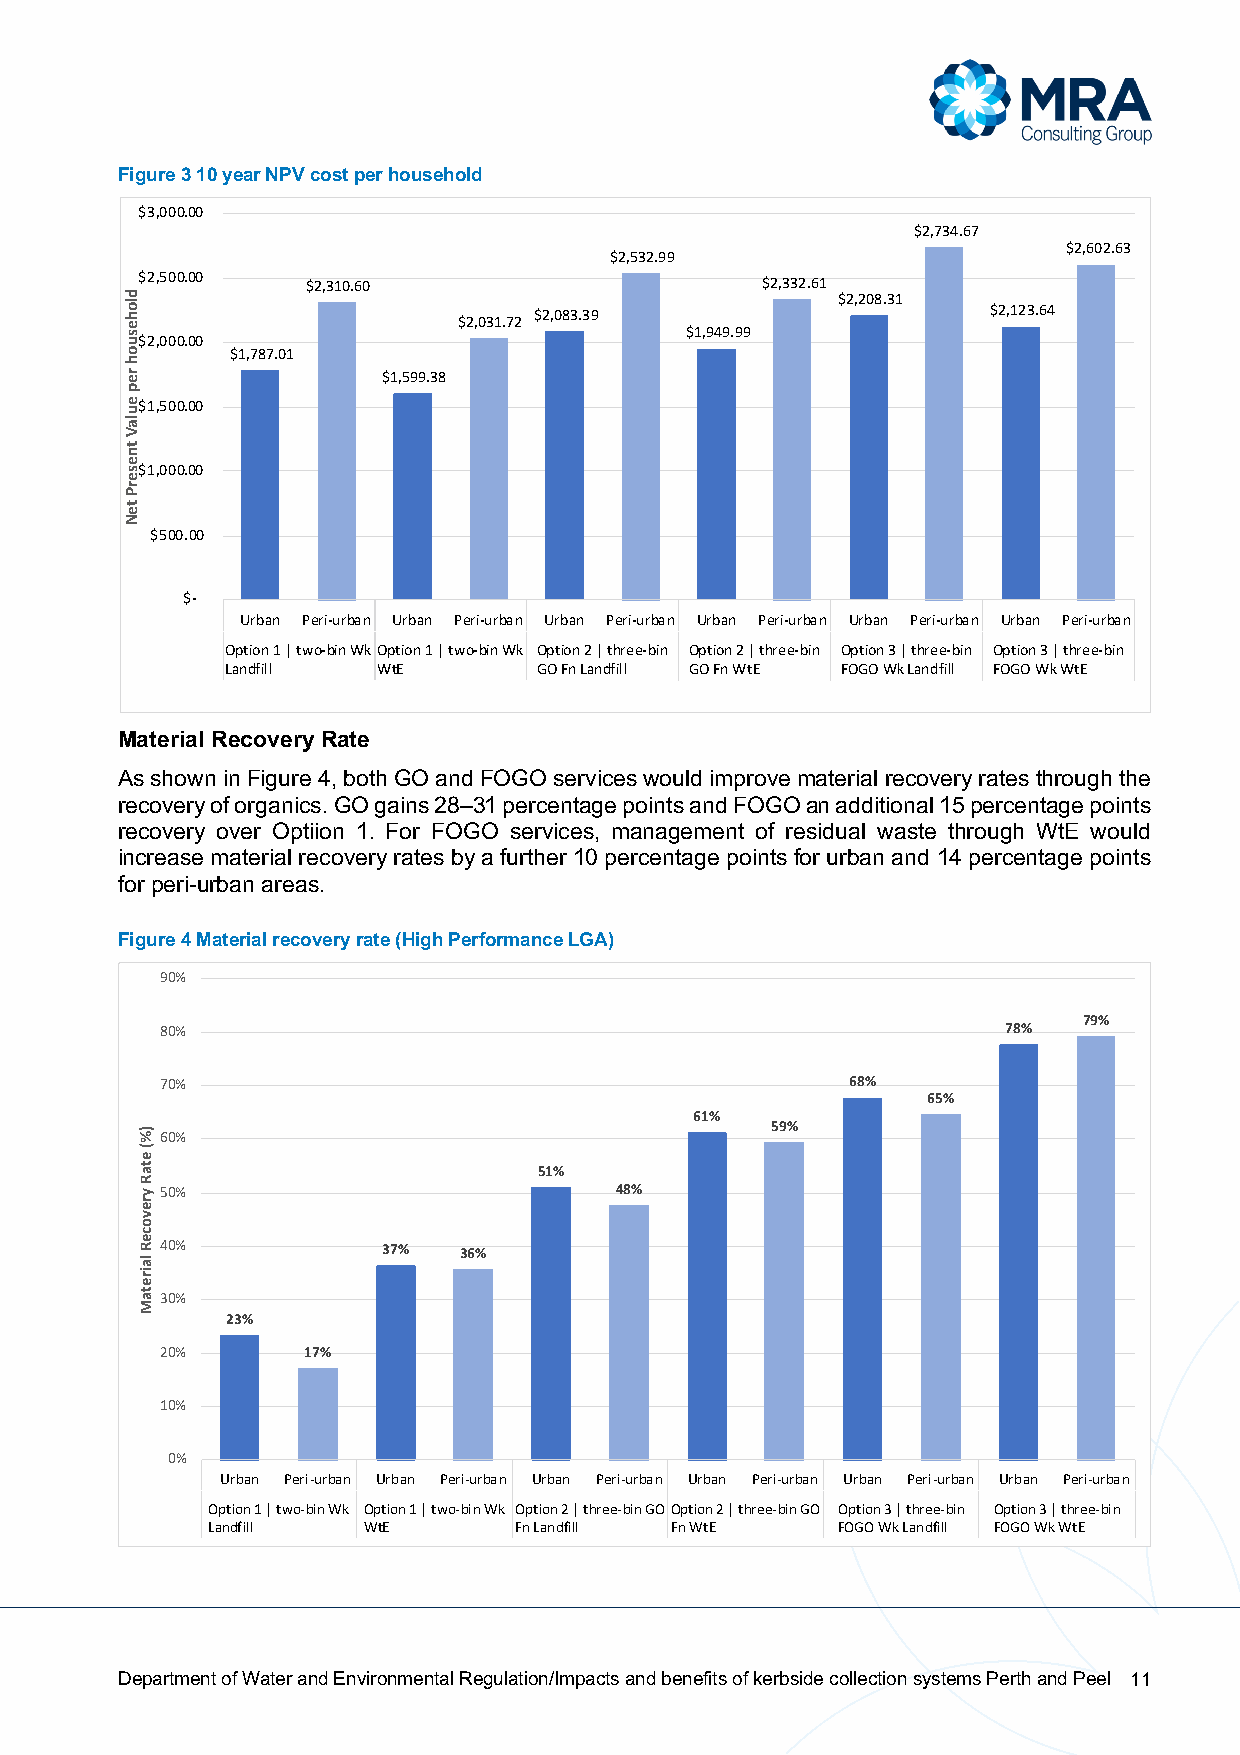
Figure 3 10 year NPV cost per household
 $3,000.00
 $2,734.67
 $2,602.63
 $2,532.99
 $2,500.00  $2,310.60                     $2,332.61
 $2,208.31
 $2,083.39                      $2,123.64
 $2,031.72
 $1,949.99
 $2,000.00
 $1,787.01
 $1,599.38
 $1,500.00
 $1,000.00
 $500.00
 $-
 Urban Peri-urban Urban Peri-urban Urban Peri-urban Urban Peri-urban Urban Peri-urban Urban Peri-urban
 Option 1 | two-bin WkOption 1 | two-bin Wk Option 2 | three-bin Option 2 | three-bin Option 3 | three-bin Option 3 | three-bin
 Landfill  WtE        GO Fn Landfill GO Fn WtE FOGO Wk Landfill FOGO Wk WtE
 Material Recovery Rate
 As shown in Figure 4, both GO and FOGO services would improve material recovery rates through the
 recovery of organics. GO gains 28–31 percentage points and FOGO an additional 15 percentage points
 recovery over Optiion 1. For FOGO services, management of residual waste through WtE would
 increase material recovery rates by a further 10 percentage points for urban and 14 percentage points
 for peri-urban areas.
 Figure 4 Material recovery rate (High Performance LGA)
 90%
 79%
 80%                                                     78%
 70%                                          68%
 65%
 61%
 59% 60%
 51%
 50%                           48%
 40%           37%  36%
 30%
 23%
 20%      17%
 10%
 0%
 Urban Peri-urban Urban Peri-urban Urban Peri-urban Urban Peri-urban Urban Peri-urban Urban Peri-urban
 Option 1 | two-bin Wk Option 1 | two-bin Wk Option 2 | three-bin GOOption 2 | three-bin GO Option 3 | three-bin Option 3 | three-bin
 Landfill  WtE       Fn Landfill Fn WtE   FOGO Wk Landfill FOGO Wk WtE
 Department of Water and Environmental Regulation/Impacts and benefits of kerbside collection systems Perth and Peel 11
 dlohesuoh
 rep
 eulaV
 tneserP
 teN
 )%(
 etaR
 yrevoceR
 lairetaM